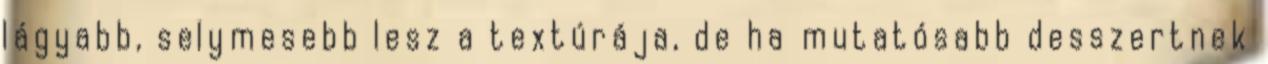
lágyabb, selymesebb lesz a textúrája, de ha mutatósabb desszertnek